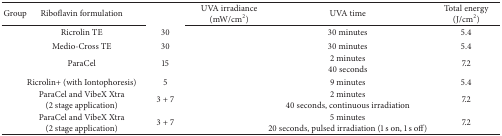
<table><thead><tr><td><b>Group</b></td><td><b>Riboflavin formulation</b></td><td>[EMPTY_CELL]</td><td><b>UVA irradiance (mW/cm<sup>2</sup>)</b></td><td><b>UVA time </b></td><td><b>Total energy (J/cm<sup>2</sup>)</b></td></tr></thead><tbody><tr><td>[EMPTY_CELL]</td><td>Ricrolin TE</td><td>30</td><td>[EMPTY_CELL]</td><td>30 minutes</td><td>5.4 </td></tr><tr><td>[EMPTY_CELL]</td><td>Medio-Cross TE </td><td>30</td><td>[EMPTY_CELL]</td><td>30 minutes</td><td>5.4</td></tr><tr><td>[EMPTY_CELL]</td><td>ParaCel</td><td>15</td><td>[EMPTY_CELL]</td><td>2 minutes 40 seconds</td><td>7.2</td></tr><tr><td>[EMPTY_CELL]</td><td>Ricrolin+ (with Iontophoresis)</td><td>5</td><td>[EMPTY_CELL]</td><td>9 minutes</td><td>5.4</td></tr><tr><td>[EMPTY_CELL]</td><td>ParaCel and VibeX Xtra (2 stage application)</td><td>3 + 7 </td><td>[EMPTY_CELL]</td><td>2 minutes 40 seconds, continuous irradiation</td><td>7.2</td></tr><tr><td>[EMPTY_CELL]</td><td>ParaCel and VibeX Xtra (2 stage application)</td><td>3 + 7 </td><td>[EMPTY_CELL]</td><td>5 minutes 20 seconds, pulsed irradiation (1 s on, 1 s off)</td><td>7.2</td></tr></tbody></table>